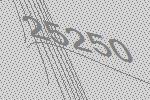
25250